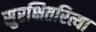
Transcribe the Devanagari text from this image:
सुरक्षितरित्या